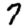
Digit: 7